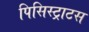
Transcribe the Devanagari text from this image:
पिसिस्ट्राटस